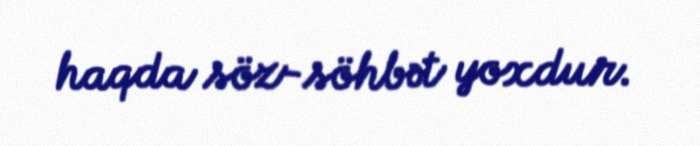
haqda söz-söhbət yoxdur.